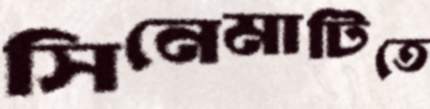
সিনেমাটিতে